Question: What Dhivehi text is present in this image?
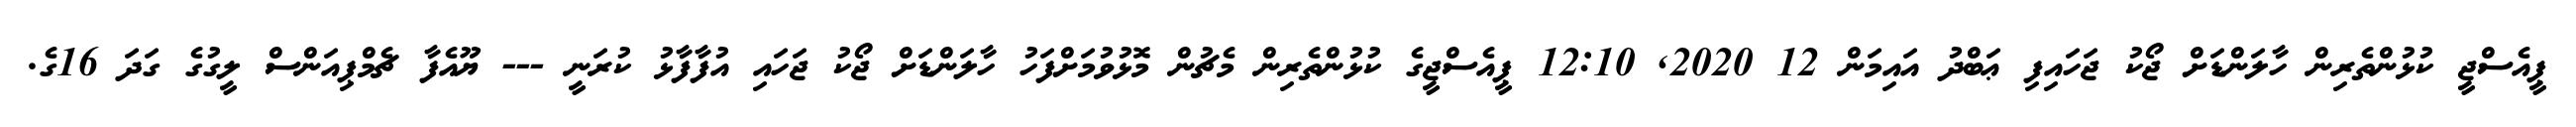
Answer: ޕީއެސްޖީ ކުޅުންތެރިން ހާލަންޑަށް ޖޯކު ޖަހައިފި ޢަބްދު އައިމަން 12 2020, 12:10 ޕީއެސްޖީގެ ކުޅުންތެރިން މެޗުން މޮޅުވުމަށްފަހު ހާލަންޑަށް ޖޯކު ޖަހައި އުފާފާޅު ކުރަނީ --- ޔޫއެފާ ޗެމްޕިއަންސް ލީގުގެ ގަދަ 16ގެ.